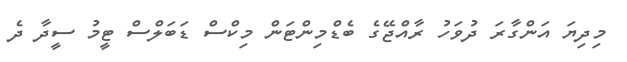
މިދިޔަ އަންގާރަ ދުވަހު ރާއްޖޭގެ ބެޑްމިންޓަން މިކްސް ޑަބަލްސް ޓީމު ސީދާ ދެ